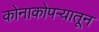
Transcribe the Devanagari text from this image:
कोनाकोपऱ्यातून